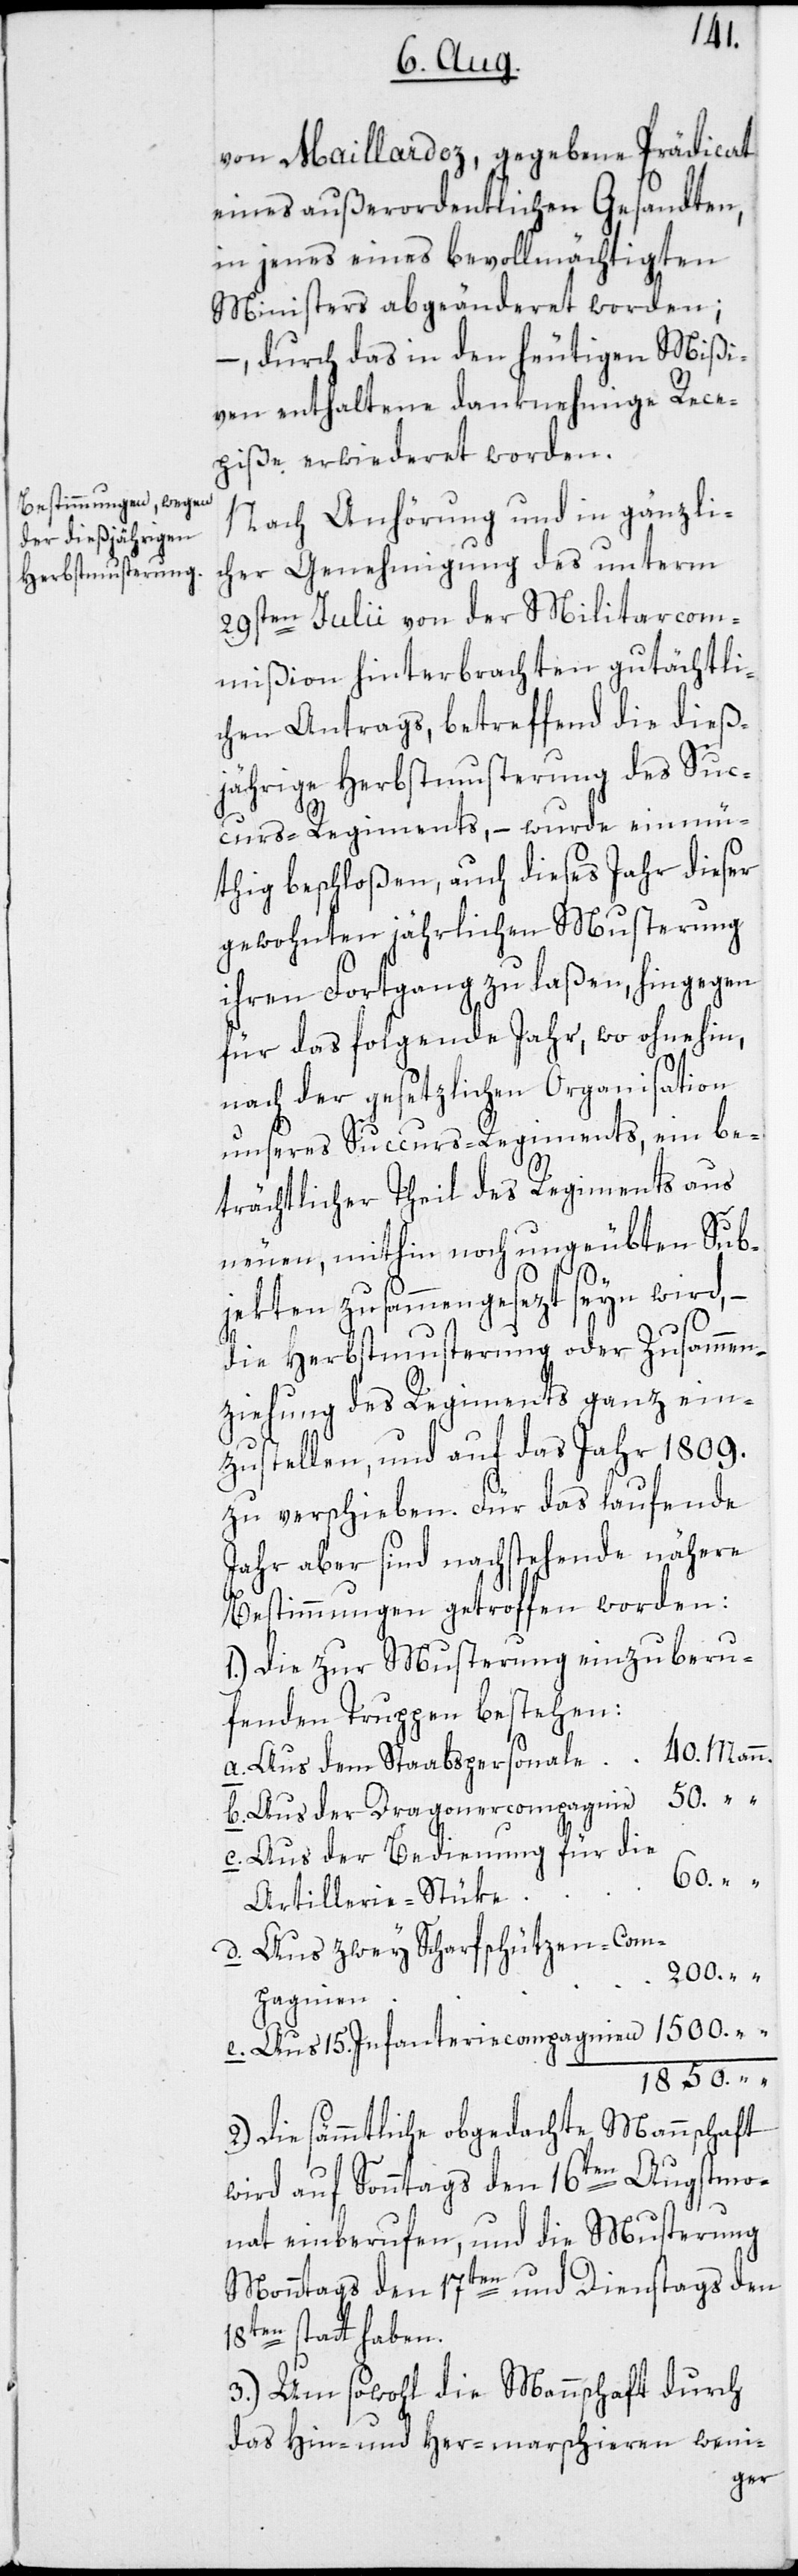
40.
von Maillardoz, gegebene Prädicat
eines außerordentlichen Gesandten,
in jenes eines bevollmächtigten
Ministers abgeänderet worden;
– durch das in den heutigen Mißi¬
ven enthaltene danknehmige Rece¬
piße erwideret worden.
Nach Anhörung und in gänzlic¬
her Genehmigung des unterm
29sten Julii von der Militarcom¬
mißion hinterbrachten gutächtli¬
chen Antrags, betreffend die dieß¬
jährige Herbstmusterung des Suc¬
d.
curs-Regiments, – wurde einmü¬
thig beschloßen, auch dieses Jahr dieser
gewohnten jährlichen Musterung
ihren Fortgang zu laßen, hingegen
für das folgende Jahr, wo ohnehin,
nach der gesetzlichen Organisation
unseres Succurs-Regiments, ein be¬
trächtlicher Theil des Regiments aus
neuen, mithin noch ungeübten Sub¬
jekten zusammengesezt seyn wird,
“
die Herbstmusterung oder Zusammen¬
ziehung des Regiments ganz ein¬
zustellen, und auf das Jahr 1809.
zu verschieben. Für das laufende
Jahr aber sind nachstehende nähere
Bestimmungen getroffen worden:
1.) Die zur Musterung einzuberu¬
fenden Truppen bestehen:
Aus dem Staabspersonale
Aus der Dragonercompagnie
Aus der Bedienung für die
Artillerie-Stüke
Aus zwey Scharfschützen-Com¬
200.
pagnien
Aus 15. Infanteriecompagnien
1850.
2.) Die sämmtliche obgedachte Mannschaft
wird auf Sonntags den 16ten Augstmo¬
nat einberufen, und die Musterung
e.
Monntags den 17ten und Dienstags den
18ten statthaben.
3.) Um sowohl die Mannschaft durch
das Hin- und Her-marschieren weni-